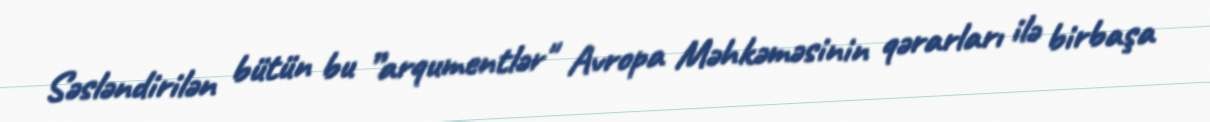
Səsləndirilən bütün bu ”arqumentlər" Avropa Məhkəməsinin qərarları ilə birbaşa